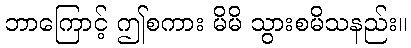
ဘာကြောင့် ဤစကား မိမိ သွားစမိသနည်း။